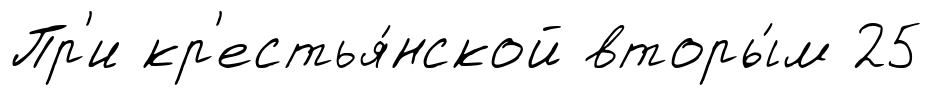
Пр'и кр'естья́нской вторы́м 25